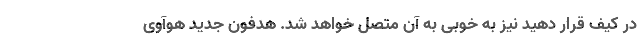
در کیف قرار دهید نیز به خوبی به آن متصل خواهد شد. هدفون جدید هوآوی